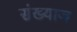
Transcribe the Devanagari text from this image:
संख्याज